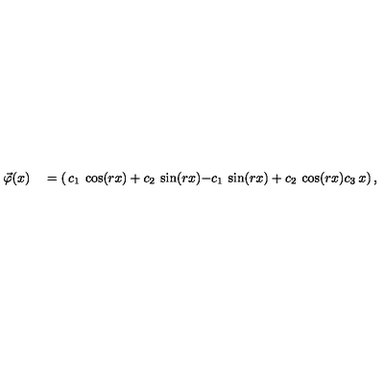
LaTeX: \begin{matrix} { \quad } \\ { \vec { \varphi } ( x ) } \\ { \quad } \\ \end{matrix} = \left( \begin{matrix} { c _ { 1 } \: \cos ( r x ) + c _ { 2 } \: \sin ( r x ) } \\ { - c _ { 1 } \: \sin ( r x ) + c _ { 2 } \: \cos ( r x ) } \\ { c _ { 3 } \: x } \\ \end{matrix} \right) ,